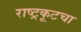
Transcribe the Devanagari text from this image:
राष्ट्रकूटचा